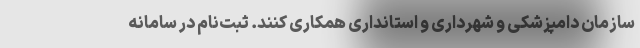
سازمان دامپزشکی و شهرداری و استانداری همکاری کنند. ثبت‌نام در سامانه